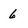
Character: 6